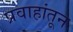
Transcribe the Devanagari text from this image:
प्रवाहांतून